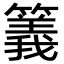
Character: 䉝